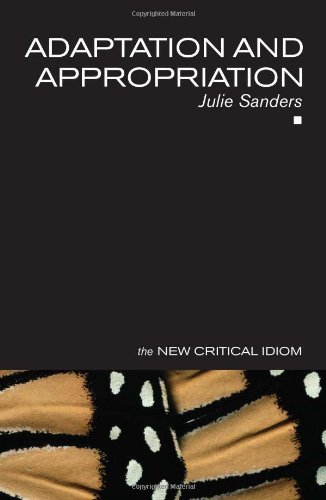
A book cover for Adaptation and Appropriation (The New Critical Idiom); Julie Sanders; Literature & Fiction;